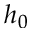
h _ { 0 }